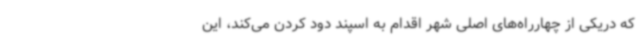
که دریکی از چهارراه‌های اصلی شهر اقدام به اسپند دود کردن می‌کند، این